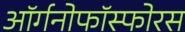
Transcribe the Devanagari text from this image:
ऑर्गनोफॉस्फोरस